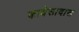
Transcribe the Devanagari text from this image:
काबेसादास